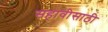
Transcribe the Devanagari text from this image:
सहावीसाठी